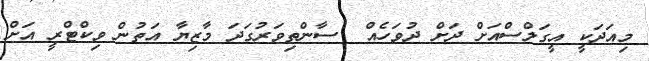
މިއަދަކީ އީގަލްސްއަށް ދަށް ދުވަހެއް  ސާންތިވަރުގަދަ މާޒިޔާ އަތުން ވިކްޓްރީ އަށް